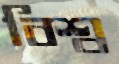
বিশ্ব